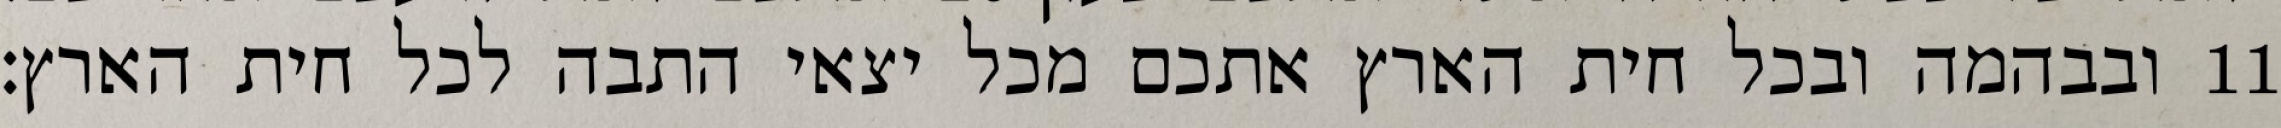
ובבהמה ובכל חית הארץ אתכם מכל יצאי התבה לכל חית הארץ׃ ‎11‏